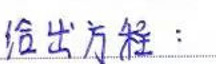
给出方程：